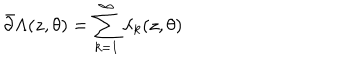
LaTeX: \bar { \partial } \Lambda ( z , \theta ) = \sum _ { k = 1 } ^ { \infty } \lambda _ { k } ( z , \theta )